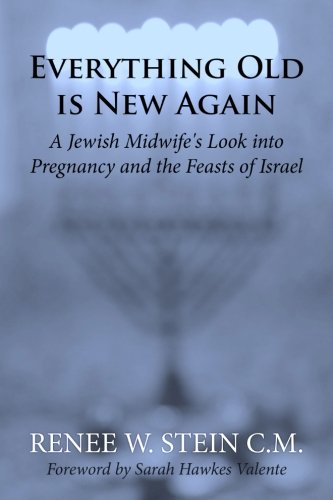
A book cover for Everything Old is New Again: A Jewish Midwife's Look into Pregnancy and the Feasts of Israel; Renee W. Stein CM; Christian Books & Bibles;